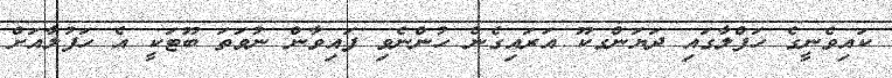
ކައިވެނީގެ ހަފްލާގައި ދަޔަންގކޫ އަރައިގެން ހުންނެވި ފައިވާން ނުވަތަ ބޫޓަކީ އެ ހަފުލާއަށް